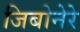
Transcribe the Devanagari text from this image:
जिबोनेरे